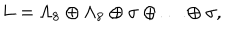
L = \Lambda _ { 8 } \oplus \Lambda _ { 8 } \oplus \sigma \oplus \ldots \oplus \sigma ,